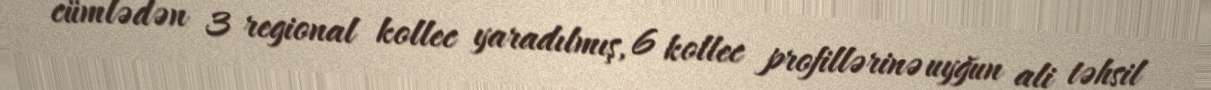
cümlədən 3 regional kollec yaradılmış, 6 kollec profillərinə uyğun ali təhsil